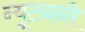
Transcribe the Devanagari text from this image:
न्यूटननी